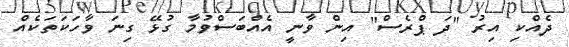
ދެއްކި އިރު "ދަ ޕްރެސް" އިން ވާނީ އެއްބަސްވުމާ ގުޅޭ ގިނަ ވާހަކަތަކެއް